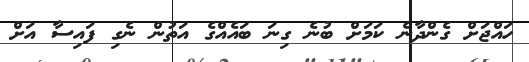
ހައްޖަށް ގެންދާނެ ކަމަށް ބުނެ ގިނަ ބައެއްގެ އަތުން ނެގި ފައިސާ އަށް